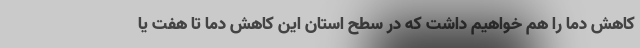
کاهش دما را هم خواهیم داشت که در سطح استان این کاهش دما تا هفت یا